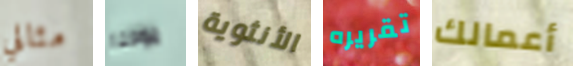
مثالي يوحنا الأنثوية تقريره أعمالك